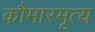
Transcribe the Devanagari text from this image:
कौमारमृत्य